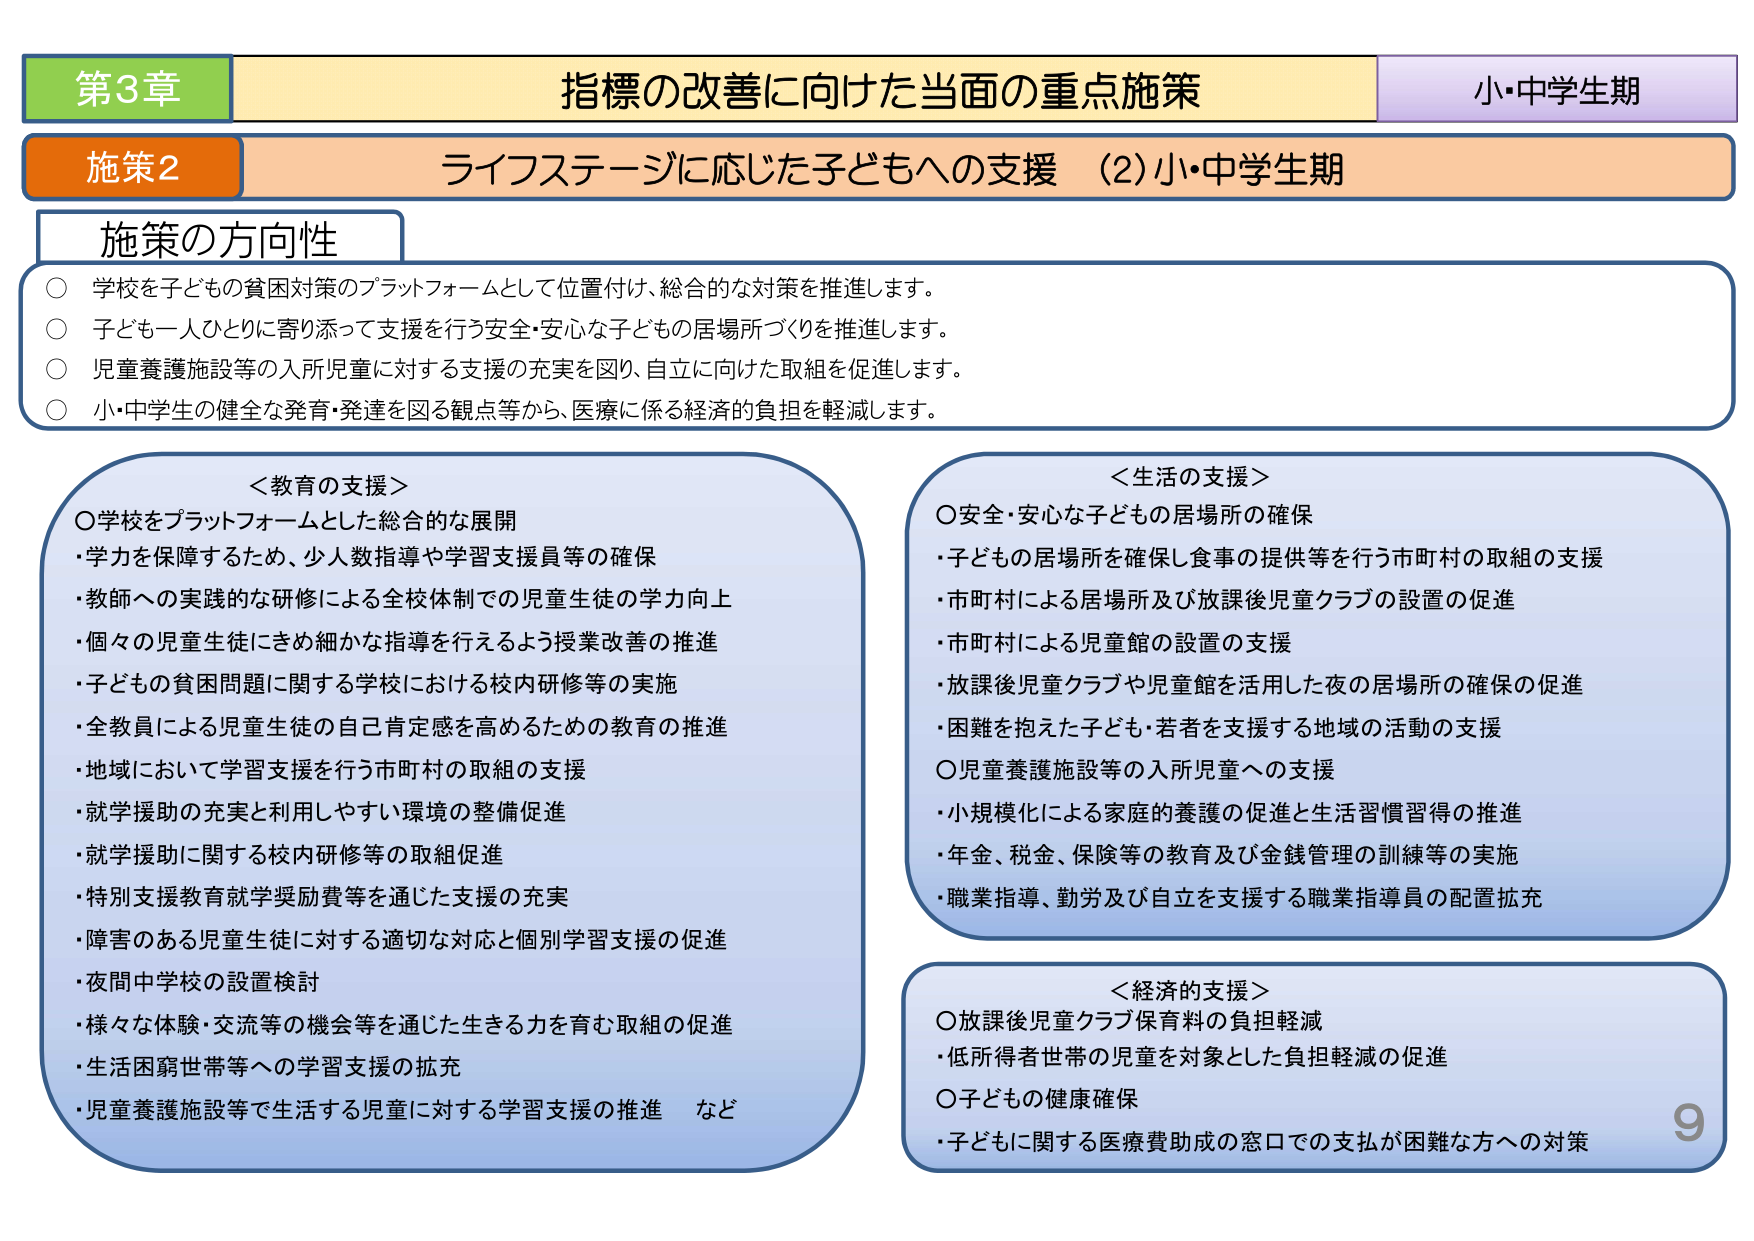
第3章 指標の改善に向けた当面の重点施策 小・中学生期
施策2 ライフステージに応じた子どもへの支援（2）小・中学生期
施策の方向性
○ 学校を子どもの貧困対策のプラットフォームとして位置付け、総合的な対策を推進します。
○ 子ども一人ひとりに寄り添って支援を行う安全・安心な子どもの居場所づくりを推進します。
○ 児童養護施設等の入所児童に対する支援の充実を図り、自立に向けた取組を促進します。
○ 小・中学生の健全な発育・発達を図る観点等から、医療に係る経済的負担を軽減します。

＜教育の支援＞
○学校をプラットフォームとした総合的な展開
・学力を保障するため、少人数指導や学習支援員等の確保
・教師への実践的な研修による全校体制での児童生徒の学力向上
・個々の児童生徒にきめ細かな指導を行えるよう授業改善の推進
・子どもの貧困問題に関する学校における校内研修等の実施
・全教員による児童生徒の自己肯定感を高めるための教育の推進
・地域において学習支援を行う市町村の取組の支援
・就学援助の充実と利用しやすい環境の整備促進
・就学援助に関する校内研修等の取組促進
・特別支援教育就学奨励費等を通じた支援の充実
・障害のある児童生徒に対する適切な対応と個別学習支援の促進
・夜間中学校の設置検討
・様々な体験・交流等の機会等を通じた生きる力を育む取組の促進
・生活困窮世帯等への学習支援の拡充
・児童養護施設等で生活する児童に対する学習支援の推進 など

＜生活の支援＞
○安全・安心な子どもの居場所の確保
・子どもの居場所を確保し食事の提供等を行う市町村の取組の支援
・市町村による居場所及び放課後児童クラブの設置の促進
・市町村による児童館の設置の支援
・放課後児童クラブや児童館を活用した夜の居場所の確保の促進
・困難を抱えた子ども・若者を支援する地域の活動の支援
○児童養護施設等の入所児童への支援
・小規模化による家庭的養護の促進と生活習慣習得の推進
・年金、税金、保険等の教育及び金銭管理の訓練等の実施
・職業指導、勤労及び自立を支援する職業指導員の配置拡充

＜経済的支援＞
○放課後児童クラブ保育料の負担軽減
・低所得者世帯の児童を対象とした負担軽減の促進
○子どもの健康確保
・子どもに関する医療費助成の窓口での支払が困難な方への対策

9